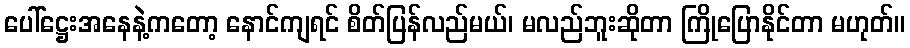
ပေါ်ဋ္ဌေးအနေနဲ့ကတော့ နောင်ကျရင် စိတ်ပြန်လည်မယ်၊ မလည်ဘူးဆိုတာ ကြိုပြောနိုင်တာ မဟုတ်။